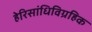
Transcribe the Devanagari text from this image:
हेरिसांधिविग्रहिक